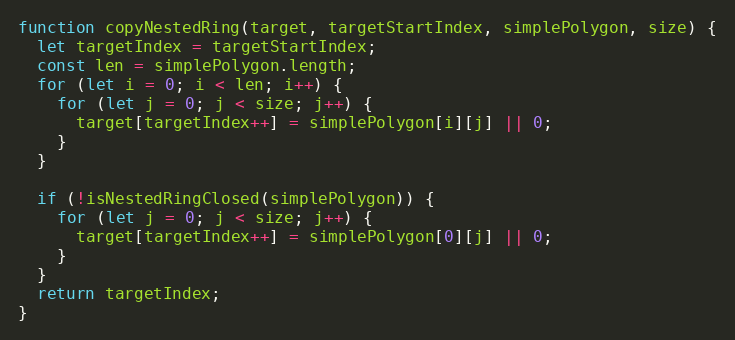
Language: JavaScript
function copyNestedRing(target, targetStartIndex, simplePolygon, size) {
  let targetIndex = targetStartIndex;
  const len = simplePolygon.length;
  for (let i = 0; i < len; i++) {
    for (let j = 0; j < size; j++) {
      target[targetIndex++] = simplePolygon[i][j] || 0;
    }
  }

  if (!isNestedRingClosed(simplePolygon)) {
    for (let j = 0; j < size; j++) {
      target[targetIndex++] = simplePolygon[0][j] || 0;
    }
  }
  return targetIndex;
}